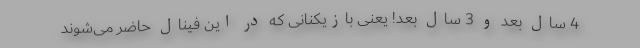
4 سال بعد و 3 سال بعد! یعنی بازیکنانی که در این فینال حاضر می‌شوند